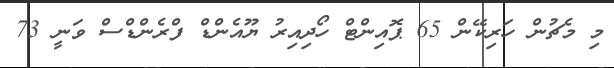
މި މެޗުން ހަރިކޭން 65 ޕޮއިންޓް ހޯދިއިރު ޔޫއެންޑް ފްރެންޑްސް ވަނީ 73